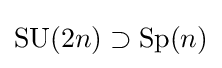
\operatorname {SU} (2n)\supset \operatorname {Sp} (n)